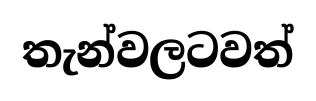
තැන්වලටවත්